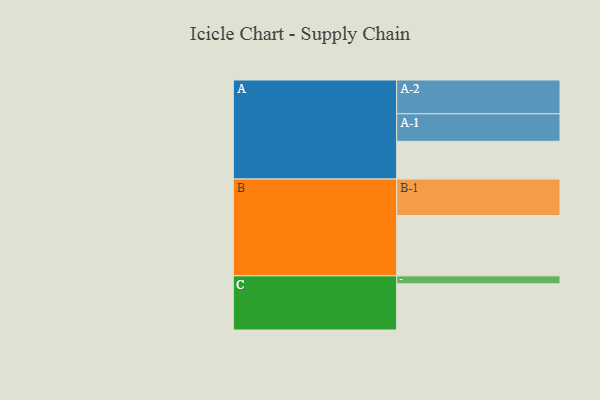
{"axis": {"x": "Segment", "y": "Value"}, "legend": ["", "A", "B", "C"], "data": [{"x": "A", "y": 306, "type": ""}, {"x": "B", "y": 489, "type": ""}, {"x": "C", "y": 374, "type": ""}, {"x": "A-1", "y": 223, "type": "A"}, {"x": "A-2", "y": 274, "type": "A"}, {"x": "B-1", "y": 296, "type": "B"}, {"x": "C-1", "y": 65, "type": "C"}]}